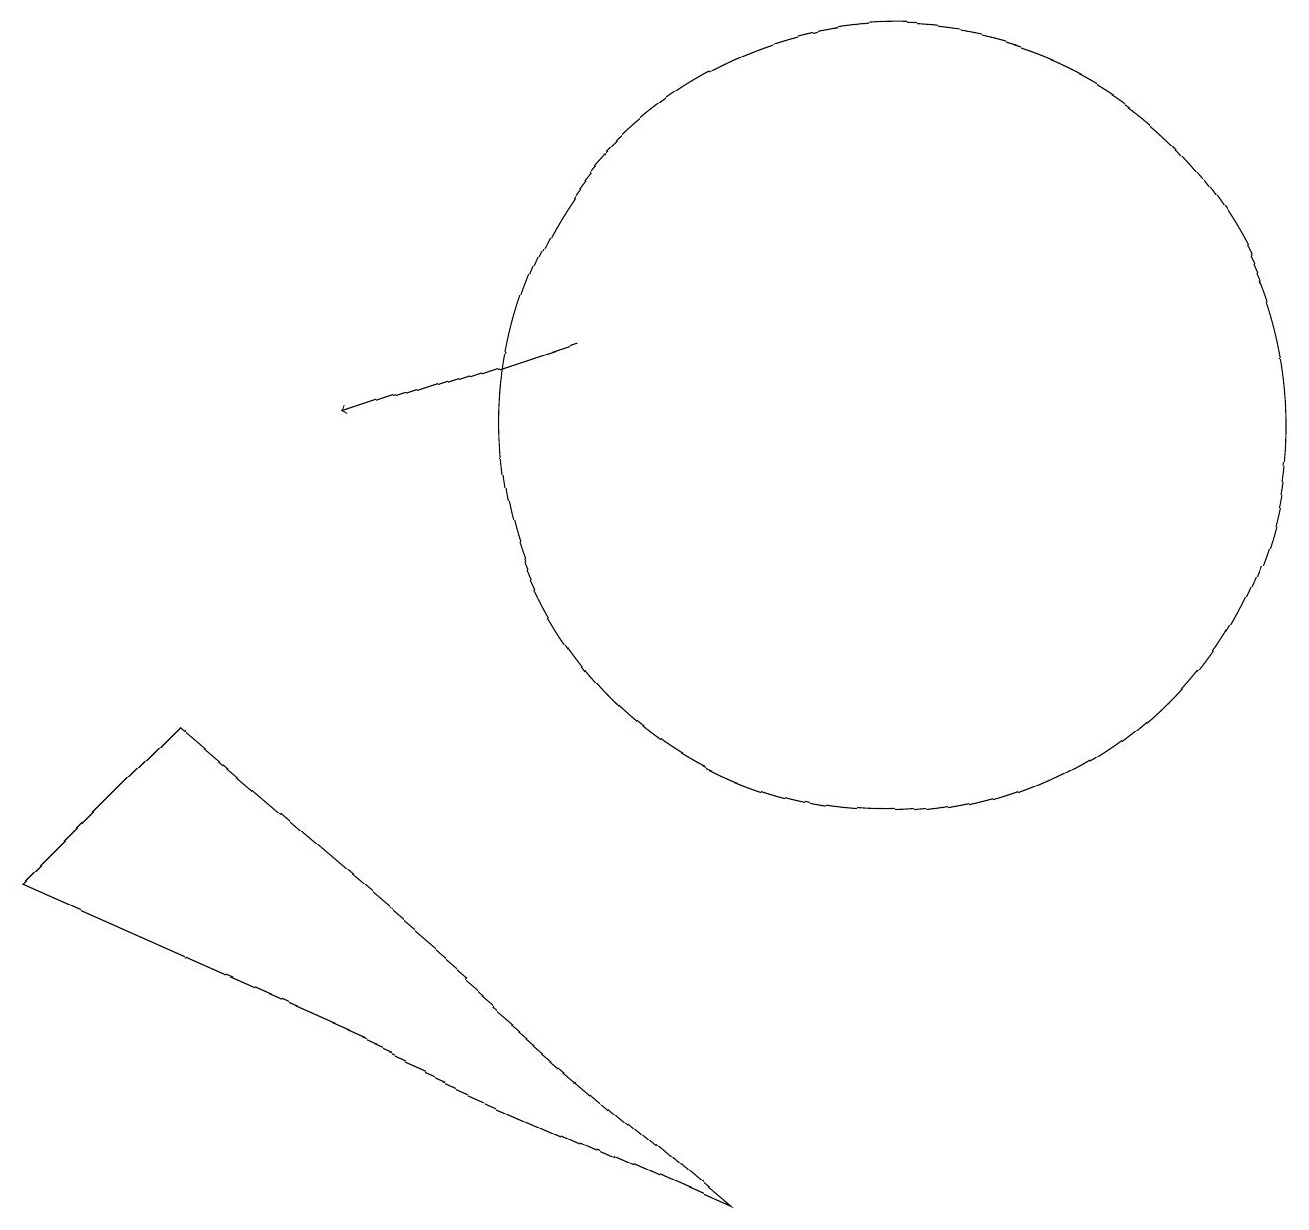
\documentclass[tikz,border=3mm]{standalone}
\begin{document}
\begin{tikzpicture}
\draw (9,0) -- (2,6) -- (0,4) -- cycle;
\draw (11,10) circle (5);
\draw[->] (7,11) -- (4,10);
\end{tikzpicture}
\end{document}